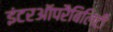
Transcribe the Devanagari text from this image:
इंटरऑपरैबिलिटी